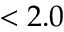
< 2 . 0